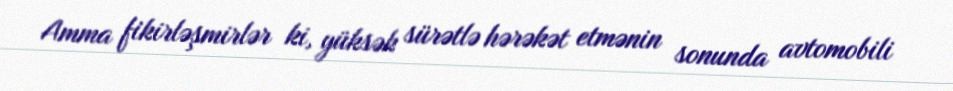
Amma fikirləşmirlər ki, yüksək sürətlə hərəkət etmənin sonunda avtomobili